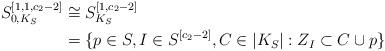
LaTeX: \begin{align*}S_{0,K_S}^{[1,1,c_2-2]}& \cong S_{K_S}^{[1,c_2-2]} \\& = \{p\in S, I\in S^{[c_2-2]}, C \in |K_S| : Z_I \subset C \cup p\}\end{align*}